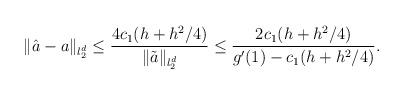
LaTeX: \begin{align*}\|\hat a-a\|_{l_2^d}\leq\frac{4c_1(h+h^2/4)}{\|\tilde a\|_{l_2^d}}\leq\frac{2c_1(h+h^2/4)}{g'(1) -c_1(h+h^2/4)}.\end{align*}